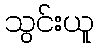
သွင်းယူ